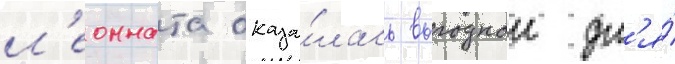
л'еонната оказа́лась выгоднои дл'я́